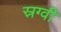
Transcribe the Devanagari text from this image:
स्रग्वी